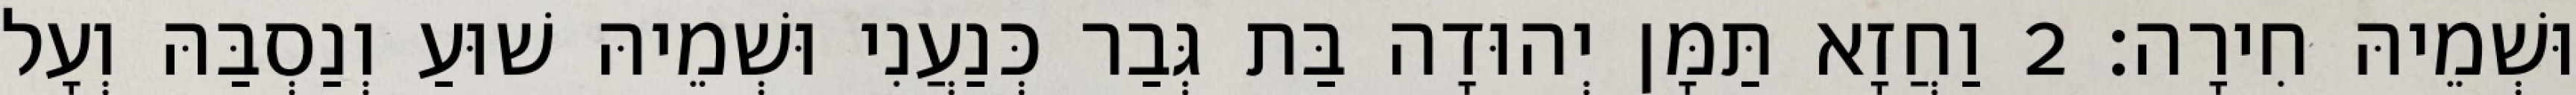
וּשְׁמֵיהּ חִירָה׃ 2 וַחֲזָא תַּמָּן יְהוּדָה בַּת גְּבַר כְּנַעֲנִי וּשְׁמֵיהּ שׁוּעַ וְנַסְבַּהּ וְעָל